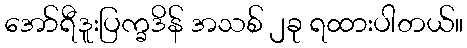
အော်ရီဒူးပြက္ခဒိန် အသစ် ၂ခု ရထားပါတယ်။